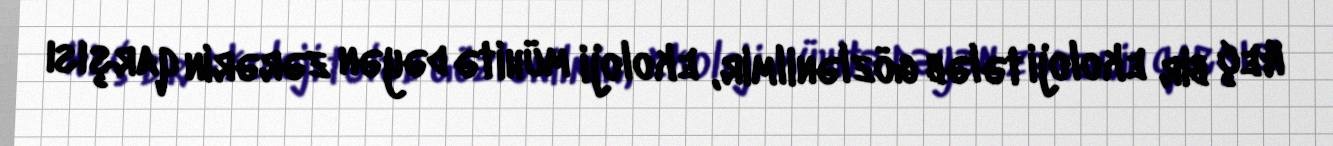
Heç bir ekoloji tələb gözlənilmir, ekoloji mühitə dəyən zərərin qarşısı